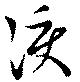
涙